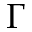
\Gamma